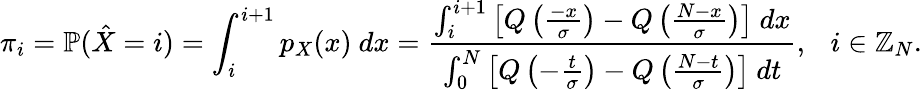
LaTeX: \pi_{i}=\mathbb{P}(\hat{X}=i)=\int_{i}^{i+1}p_{X}(x)~dx=\frac{\int_{i}^{i+1}\left[Q\left(\frac{-x}{\sigma}\right)-Q\left(\frac{N-x}{\sigma}\right)\right]~dx}{\int_{0}^{N}\left[Q\left(-\frac{t}{\sigma}\right)-Q\left(\frac{N-t}{\sigma}\right)\right]~dt},~~~i\in\mathbb{Z}_{N}.